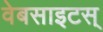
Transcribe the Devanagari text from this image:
वेबसाइटस्